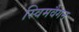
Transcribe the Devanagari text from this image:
स्विमवैगन